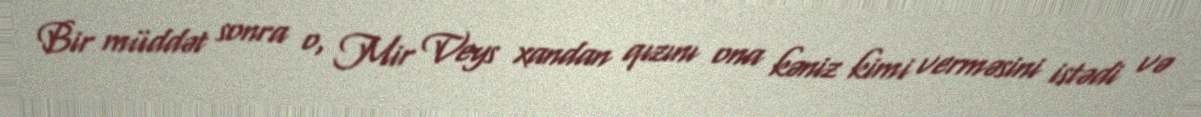
Bir müddət sonra o, Mir Veys xandan qızını ona kəniz kimi verməsini istədi və